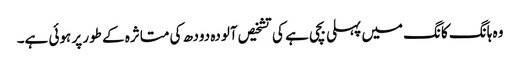
وہ ہانگ کانگ میں پہلی بچی ہے کی تشخیص آلودہ دودھ کی متاثرہ کے طور پر ہوئی ہے۔